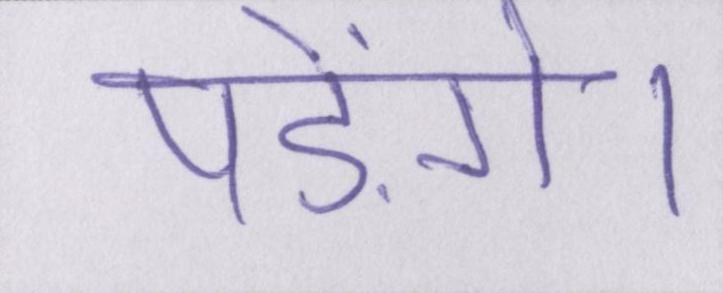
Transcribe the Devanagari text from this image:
पड़ेंगे।